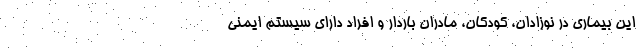
این بیماری در نوزادان، کودکان، مادران باردار و افراد دارای سیستم ایمنی